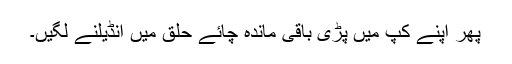
پھر اپنے کپ میں پڑی باقی ماندہ چائے حلق میں انڈیلنے لگیں۔